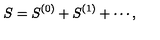
S = S ^ { ( 0 ) } + S ^ { ( 1 ) } + \cdots ,